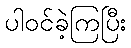
ပါဝင်ခဲ့ကြပြီး